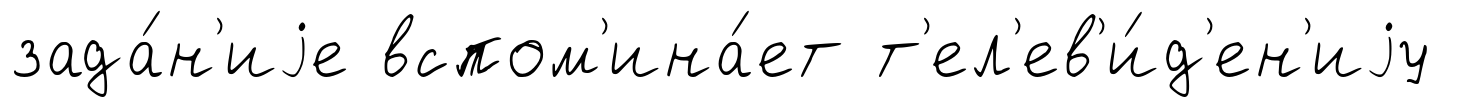
зада́н'иjе вспом'ина́ет т'ел'ев'и́д'ен'иjу